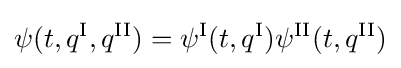
\psi (t,q^{\text{I}},q^{\text{II}})=\psi ^{\text{I}}(t,q^{\text{I}})\psi ^{\text{II}}(t,q^{\text{II}})